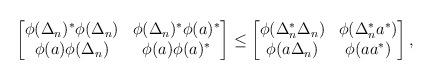
LaTeX: \begin{align*}\begin{bmatrix}\phi(\Delta_n)^*\phi(\Delta_n) &\phi(\Delta_n)^*\phi(a)^*\\\phi(a)\phi(\Delta_n) & \phi(a)\phi(a)^*\end{bmatrix}\leq \begin{bmatrix}\phi(\Delta_n^*\Delta_n) & \phi(\Delta_n^* a^*)\\\phi(a\Delta_n) & \phi(aa^*)\end{bmatrix},\end{align*}